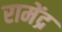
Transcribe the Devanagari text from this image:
रामेंद्र